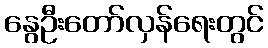
နွေဦးတော်လှန်ရေးတွင်